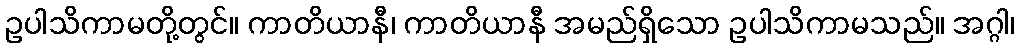
ဥပါသိကာမတို့တွင်။ ကာတိယာနီ၊ ကာတိယာနီ အမည်ရှိသော ဥပါသိကာမသည်။ အဂ္ဂါ၊